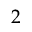
2